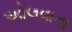
ઓલવાતા